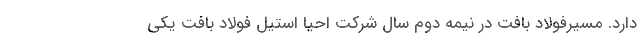
دارد. مسیرفولاد بافت در نیمه دوم سال شرکت احیا استیل فولاد بافت یکی